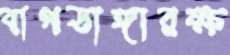
বাগডাঙ্গারক্ষ